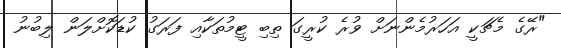
"ރޭގެ މެޗަކީ އަހަރުމެންނަށް ވުރެ ކުރީގަ ތިބި ޓީމުތަކާއި ފަރަގު ކުޑަކޮށްލަން ލިބުނު